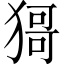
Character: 𤠙